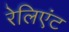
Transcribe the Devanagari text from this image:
रेलिएंट